Vaccination Hyderabad 1890-1903 - 1890-1903
Year: 1890
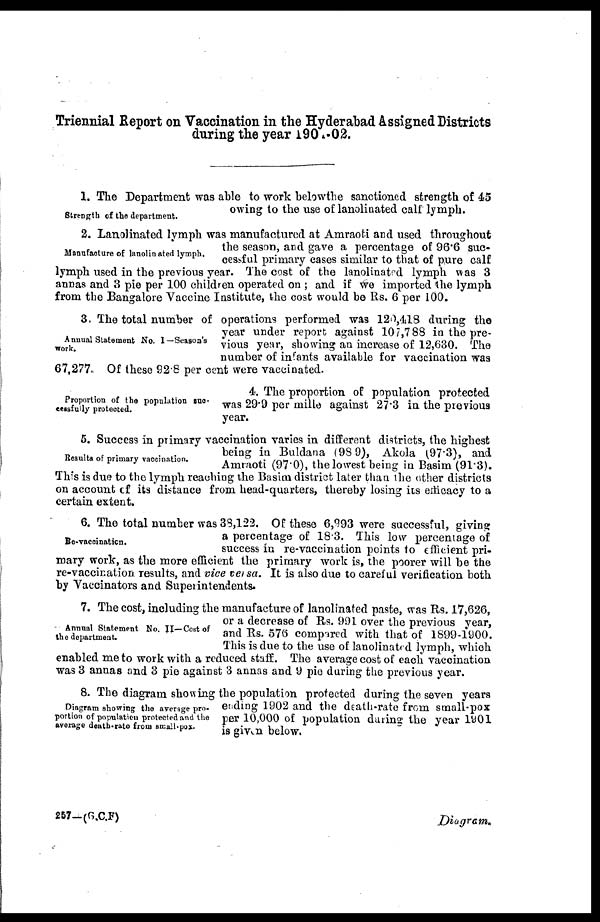
Triennial Report on Vaccination in the Hyderabad Assigned Districts
during the year 1901-02.
Strength of the department.
1. The Department was able to work belowthe sanctioned strength of 45
owing to the use of lanolinated calf lymph.
Manufacture of lanolinated lymph.
2. Lanolinated lymph was manufactured at Amraoti and used throughout
the season, and gave a percentage of 96.6 suc-
cessful primary cases similar to that of pure calf
lymph used in the previous year. The cost of the lanolinated lymph was 3
annas and 3 pie per 100 children operated on ; and if we imported the lymph
from the Bangalore Vaccine Institute, the cost would be Rs. 6 per 100.
Annual Statement No. I—Season's
work.
3. The total number of operations performed was 120,418 during the
year under report against 107,788 in the pre-
vious year, showing an increase of 12,630. The
number of infants available for vaccination was
67,277. Of these 92.8 per cent were vaccinated.
Proportion of the population suc-
cessfully protected.
4. The proportion of population protected
was 29.9 per mille against 27.3 in the previous
year.
Results of primary vaccination.
5. Success in primary vaccination varies in different districts, the highest
being in Buldana (98.9), Akola (97.3), and
Amraoti (97.0), the lowest being in Basim (91.3).
This is due to the lymph reaching the Basim district later than the other districts
on account of its distance from head-quarters, thereby losing its efficacy to a
certain extent.
Re-vaccination.
6. The total number was 38,122. Of these 6,993 were successful, giving
a percentage of 18.3.This low percentage of
success in re-vaccination points to efficient pri-
mary work, as the more efficient the primary work is, the poorer will be the
re-vaccination results, and vice versa. It is also due to careful verification both
by Vaccinators and Superintendents.
Annual Statement No. II—Cost of
the department.
7. The cost, including the manufacture of lanolinated paste, was Rs. 17,626,
or a decrease of Rs. 991 over the previous year,
and Rs. 576 compared with that of 1899-1900.
This is due to the use of lanolinated lymph, which
enabled me to work with a reduced staff. The average cost of each vaccination
was 3 annas and 3 pie against 3 annas and 9 pie during the previous year.
Diagram showing the average pro.
portion of population protected and the
average death-rate from small-pox.
8. The diagram showing the population protected during the seven years
ending 1902 and the death-rate from small-pox
per 10,000 of population during the year 1901
is given below.
257—(G.C.F)
Diagram.